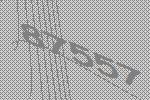
87557